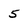
Character: 5